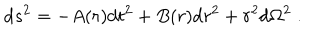
\mathrm { d } s ^ { 2 } = - A ( r ) \mathrm { d } t ^ { 2 } + B ( r ) \mathrm { d } r ^ { 2 } + r ^ { 2 } \mathrm { d } \Omega ^ { 2 } \; .